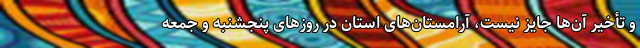
و تأخیر آن‌ها جایز نیست، آرامستان‌های استان در روزهای پنجشنبه و جمعه